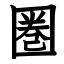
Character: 圏